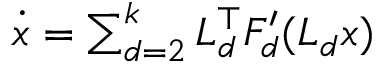
\begin{array} { r } { \dot { x } = \sum _ { d = 2 } ^ { k } L _ { d } ^ { \top } F _ { d } ^ { \prime } ( L _ { d } x ) } \end{array}